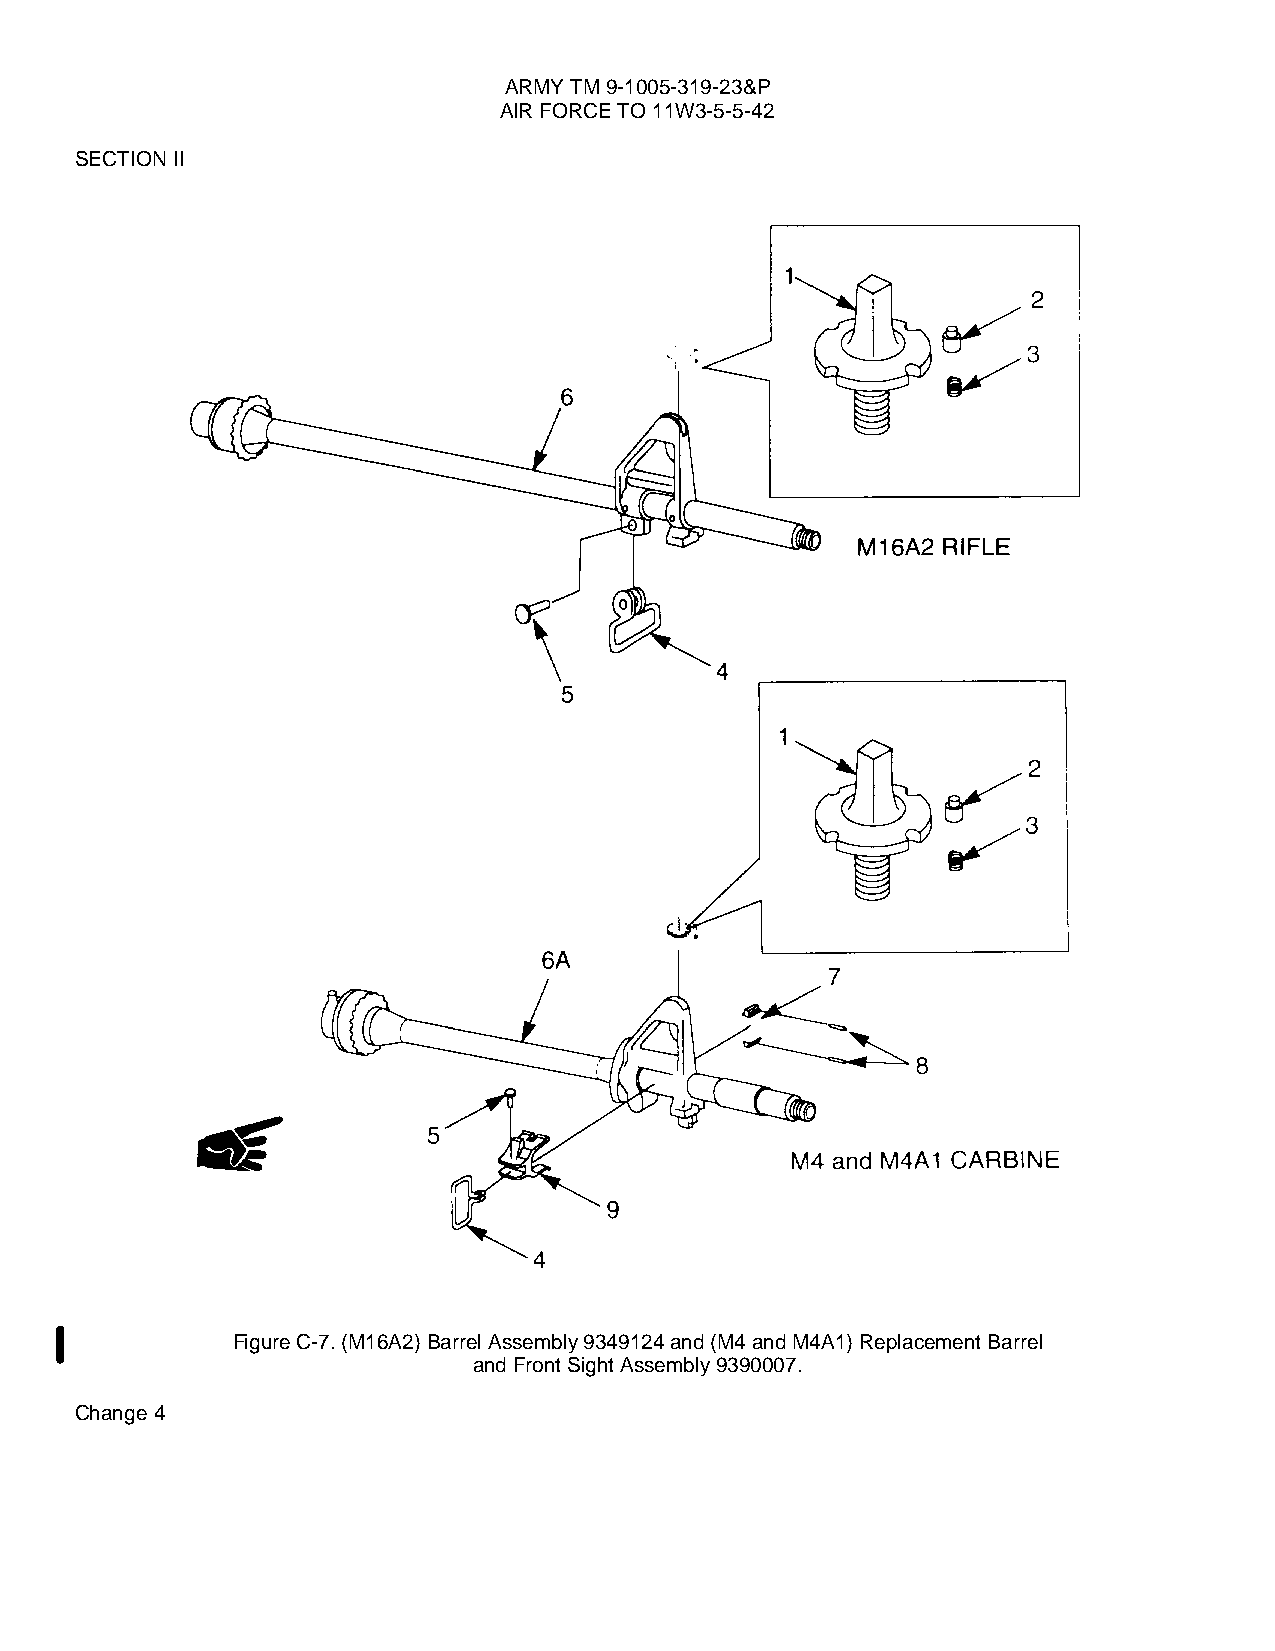
ARMY TM 9-1005-319-23&P
 AIR FORCE TO 11W3-5-5-42
 SECTION II
 Figure C-7. (M16A2) Barrel Assembly 9349124 and (M4 and M4A1) Replacement Barrel
 and Front Sight Assembly 9390007.
 Change 4